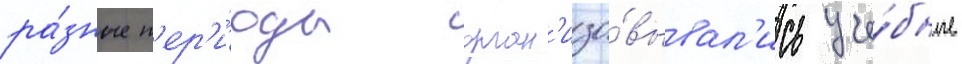
ра́зные п'ер'и́оды орган'изо́вывал'ись уче́бные